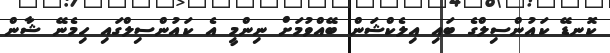
ކޮނޑޭ ކައުންސިލްގެ ބައި އިލެކްޝަން ބޭއްވުމަށް ނިންމީ އެ ކައުންސިލްގައި ހިމެނޭ ޝާން